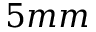
5 m m